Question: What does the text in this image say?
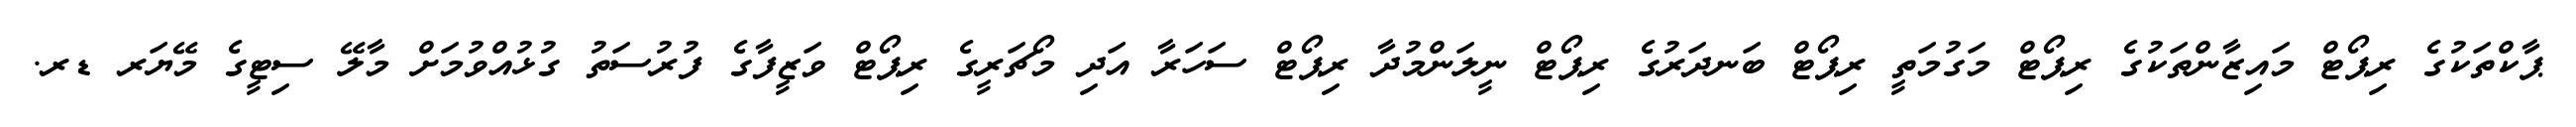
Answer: ޕާކްތަކުގެ ރިޕޯޓް މައިޒާންތަކުގެ ރިޕޯޓް މަގުމަތީ ރިޕޯޓް ބަނދަރުގެ ރިޕޯޓް ނީލަންމުދާ ރިޕޯޓް ސަހަރާ އަދި މޯޗަރީގެ ރިޕޯޓް ވަޒީފާގެ ފުރުސަތު ގުޅުއްވުމަށް މާލޭ ސިޓީގެ މޭޔަރ ޑރ.